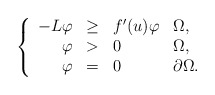
\begin{align*}\left\{\begin{array}{rlll}-L \varphi & \geq & f'(u) \varphi & \Omega,\\\varphi & >& 0 & \Omega,\\ \varphi & =& 0 & \partial\Omega.\end{array}\right.\end{align*}